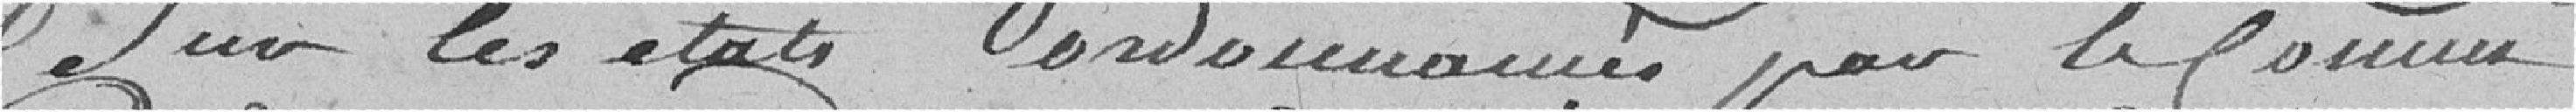
sur les états ordonnancés par le commissaire